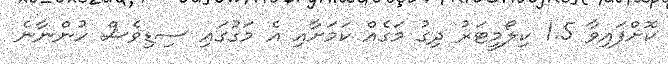
ކޮށްފައިވާ 1.5 ކިލޯމީޓަރު ދިގު މަގެއް ކަމަށާއި އެ މަގުގައި ސިޑިވެސް ހުންނާނެ